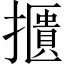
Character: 𢷴